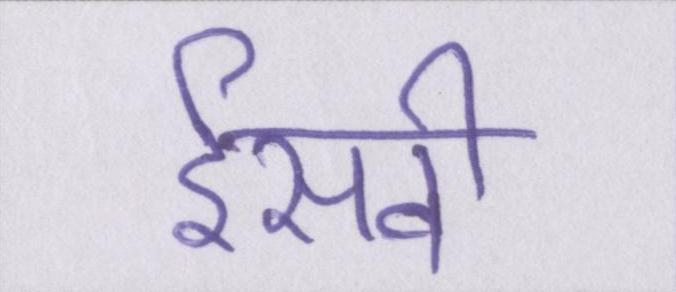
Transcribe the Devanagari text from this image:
ईसवी